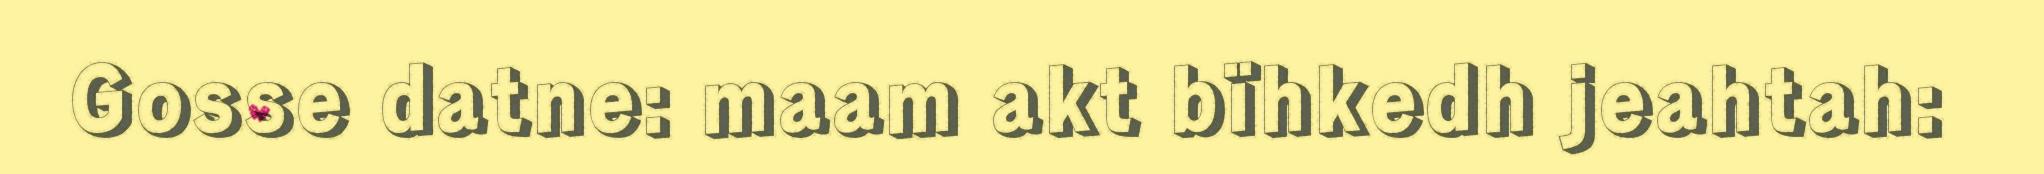
Gosse datne: maam akt bïhkedh jeahtah: